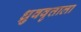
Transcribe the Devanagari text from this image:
ध्रुववृत्ताला